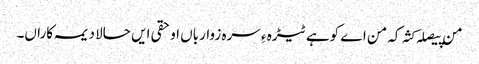
من پیصلہ کثہ کہ من اے کوہے ٹیڑہ ءِ سرہ زوارباں او حقی ایں حالا دیمہ کاراں۔